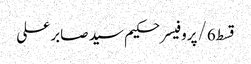
قسط6/پروفیسر حکیم سید صابر علی